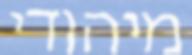
מיהודי